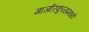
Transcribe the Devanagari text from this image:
मार्जारकुळामध्ये